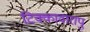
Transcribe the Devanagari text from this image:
टिक्कावारापु